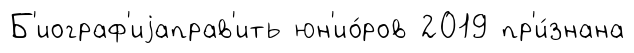
Б'иограф'иjаправ'ить юн'ио́ров 2019 пр'и́знана